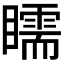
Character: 𥌎